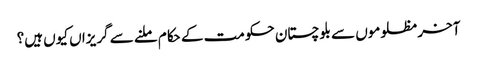
آخر مظلوموں سے بلوچستان حکومت کے حکام ملنے سے گریزاں کیوں ہیں؟